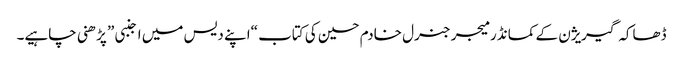
ڈھاکہ گیریژن کے کمانڈر میجر جنرل خادم حسین کی کتاب “اپنے دیس میں اجنبی” پڑھنی چاہیے۔